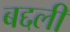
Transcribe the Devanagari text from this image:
बद्दली